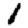
Digit: 1